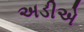
અડીએ